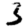
Digit: 3